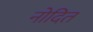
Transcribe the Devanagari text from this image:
नोदित